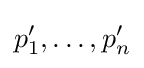
p'_{1},\dots ,p'_{n}